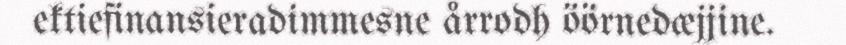
ektiefinansieradimmesne årrodh öörnedæjjine.